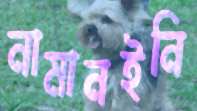
নামানইনি